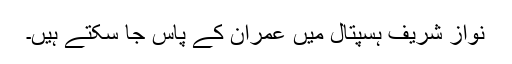
نواز شریف ہسپتال میں عمران کے پاس جا سکتے ہیں۔